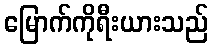
မြောက်ကိုရီးယားသည်